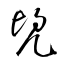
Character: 兜